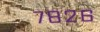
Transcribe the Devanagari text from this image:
७८२६